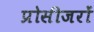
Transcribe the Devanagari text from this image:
प्रोसीजरों